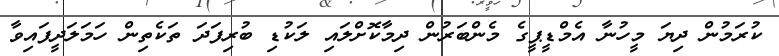
ކުރަމުން ދިޔަ މީހުނާ އެމްޑީޕީގެ މެންބަރުން ދިމާކޮށްލައި ލަކުޑި ބުރިފަދަ ތަކެތިން ހަމަލަދީފައިވާ